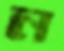
ন